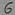
Text: 6